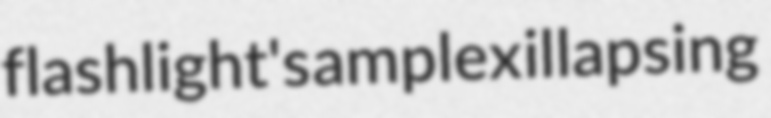
flashlight's amplex illapsing